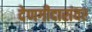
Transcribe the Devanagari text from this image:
देणगीदारांवर